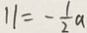
1 1 = - \frac { 1 } { 2 } a